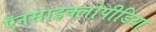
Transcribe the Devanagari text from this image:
ऍनसाइक्लोपीडिया